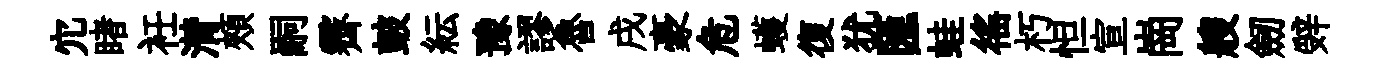
宂睹衽潸頰嗣霽皷紜豫謬魯戌豪危蠖復犹匯蛙徭朽怛宣崗艘劒辤